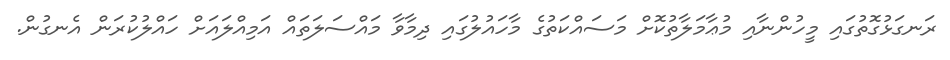
ރަނގަޅުގޮތުގައި މީހުންނާއި މުޢާމަލާތުކޮށް މަސައްކަތުގެ މާހައުލުގައި ދިމާވާ މައްސަލަތައް އަމިއްލައަށް ހައްލުކުރަން އެނގުން.